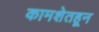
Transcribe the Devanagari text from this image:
कामशेतहून